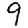
Digit: 9